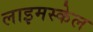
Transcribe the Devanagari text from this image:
लाइमस्केल